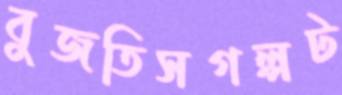
বুজতিসগল্পট